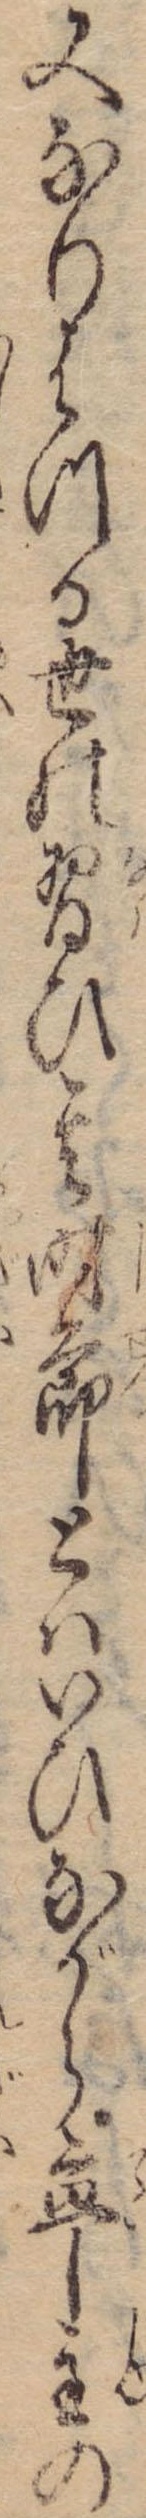
又なりはつる世の習ひ其時節とはいひながら亭主の